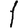
Digit: 1